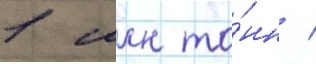
1 млн то́нн /